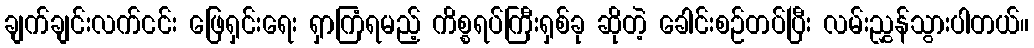
ချက်ချင်းလက်ငင်း ဖြေရှင်းရေး ရှာကြံရမည့် ကိစ္စရပ်ကြီးရှစ်ခု ဆိုတဲ့ ခေါင်းစဉ်တပ်ပြီး လမ်းညွှန်သွားပါတယ်။